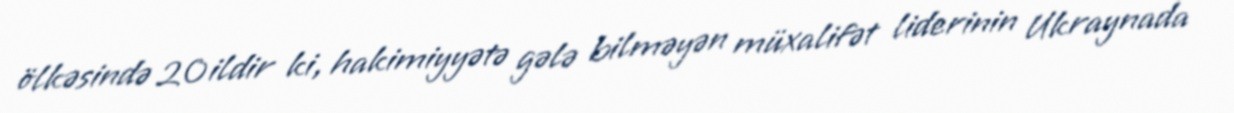
ölkəsində 20 ildir ki, hakimiyyətə gələ bilməyən müxalifət liderinin Ukraynada